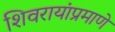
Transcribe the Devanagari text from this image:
शिवरायांप्रमाणे